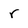
Character: r